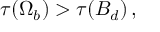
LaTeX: \tau ( { \sl \Omega } _ { b } ) > \tau ( B _ { d } ) \, ,